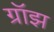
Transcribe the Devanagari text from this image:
ग्रॉझ